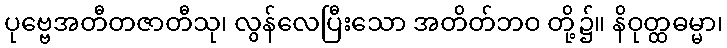
ပုဗ္ဗေအတီတဇာတီသု၊ လွန်လေပြီးသော အတိတ်ဘဝ တို့၌။ နိဝုတ္ထဓမ္မာ၊